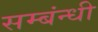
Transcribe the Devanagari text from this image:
सम्बंन्धी